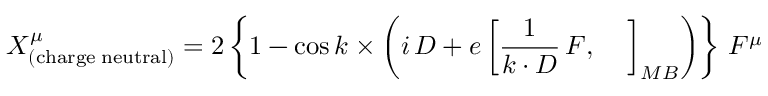
X _ { \mathrm { ( c h a r g e \; n e u t r a l ) } } ^ { \mu } = 2 \left\{ 1 - \cos k \times \left( i \, D + e \left[ \frac { 1 } { k \cdot D } \, F , \; \; \; \; \right] _ { M B } \right) \right\} \, F ^ { \mu }